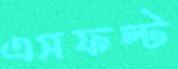
এসফল্ট